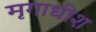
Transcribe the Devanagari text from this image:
मृगाधीश